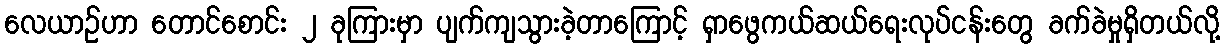
လေယာဉ်ဟာ တောင်စောင်း ၂ ခုကြားမှာ ပျက်ကျသွားခဲ့တာကြောင့် ရှာဖွေကယ်ဆယ်ရေးလုပ်ငန်းတွေ ခက်ခဲမှုရှိတယ်လို့